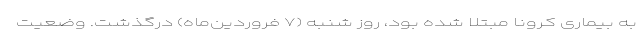
به بیماری کرونا مبتلا شده بود، روز شنبه (۷ فروردین‌ماه) درگذشت. وضعیت